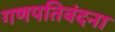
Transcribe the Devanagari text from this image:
गणपतिवंदना